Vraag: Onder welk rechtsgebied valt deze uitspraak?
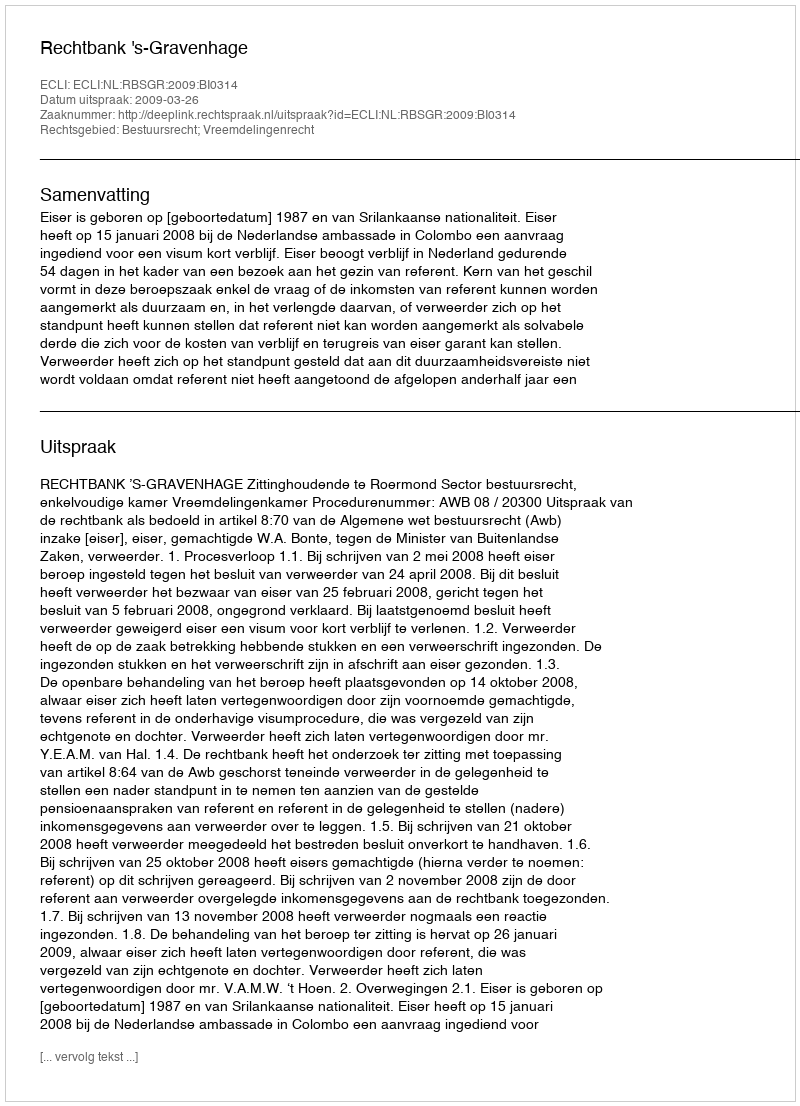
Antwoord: Bestuursrecht; Vreemdelingenrecht